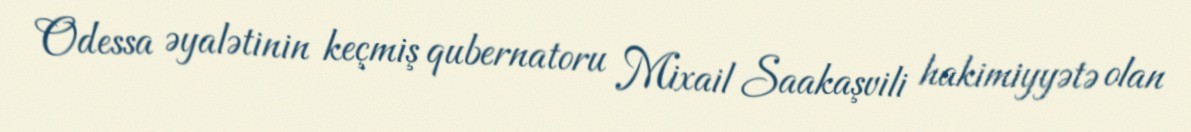
Odessa əyalətinin keçmiş qubernatoru Mixail Saakaşvili hakimiyyətə olan